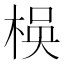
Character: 𬃃